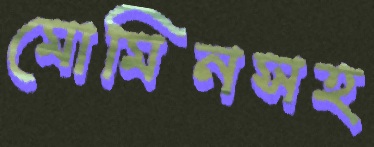
মোমিনসহ